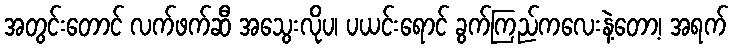
အတွင်းတောင် လက်ဖက်ဆီ အသွေးလိုပ၊ ပယင်းရောင် ခွက်ကြည်ကလေးနဲ့တော့၊ အရက်